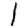
Digit: 1